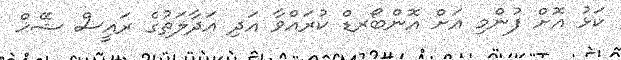
ކަޅު އޮށް ފުންމި އަށް އޮންބޯރޑް ކުރައްވާ އަދި އަދާލަތުގެ ރައީސް ޝޭޚް